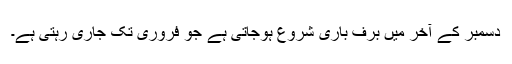
دسمبر کے آخر میں برف باری شروع ہوجاتی ہے جو فروری تک جاری رہتی ہے۔